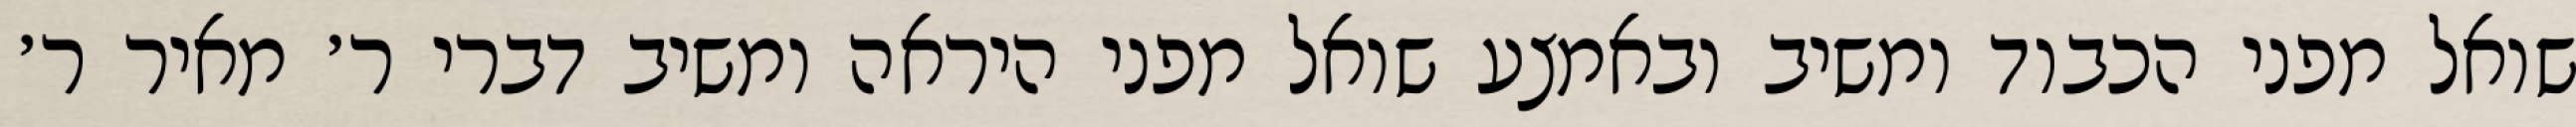
שואל מפני הכבוד ומשיב ובאמצע שואל מפני היראה ומשיב דברי ר׳ מאיר ר׳